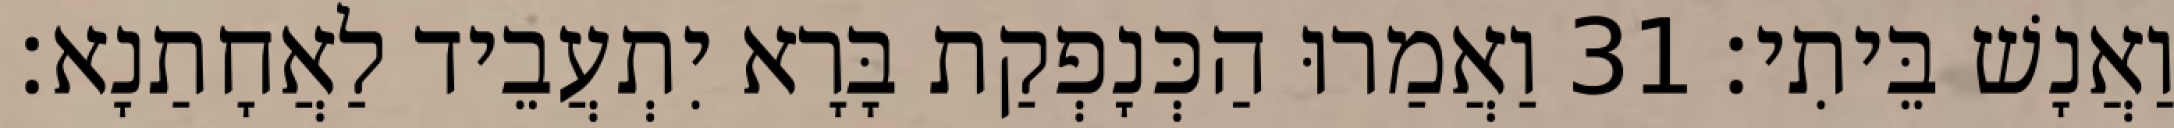
וַאֲנָשׁ בֵּיתִי׃ 31 וַאֲמַרוּ הַכְּנָפְקַת בָּרָא יִתְעֲבֵיד לַאֲחָתַנָא׃